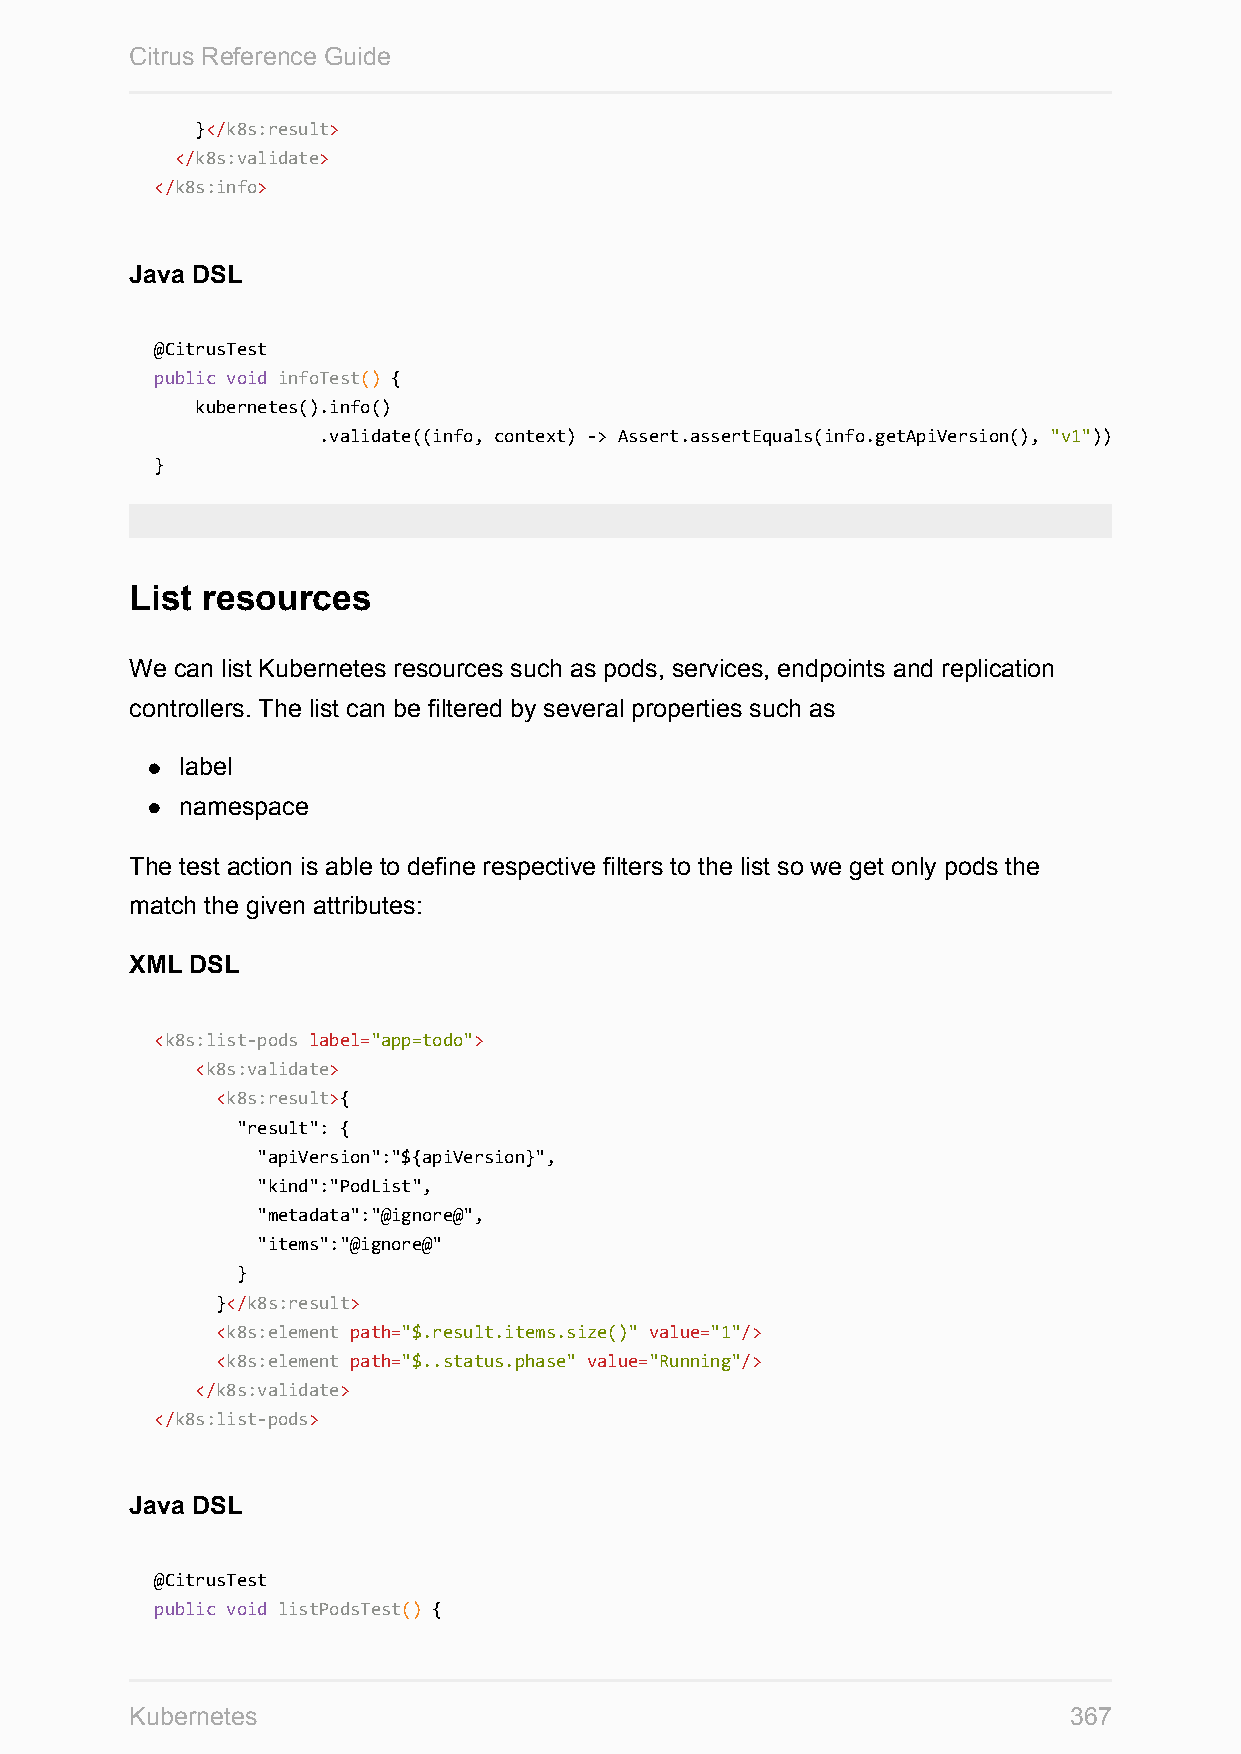
Citrus Reference Guide
 }</k8s:result>
 </k8s:validate>
 </k8s:info>
 Java DSL
 @CitrusTest
 public void infoTest() {
 kubernetes().info()
 .validate((info, context) -> Assert.assertEquals(info.getApiVersion(), "v1"));
 }
 List resources
 We can list Kubernetes resources such as pods, services, endpoints and replication
 controllers. The list can be filtered by several properties such as
 label
 namespace
 The test action is able to define respective filters to the list so we get only pods the
 match the given attributes:
 XML DSL
 <k8s:list-pods label="app=todo">
 <k8s:validate>
 <k8s:result>{
 "result": {
 "apiVersion":"${apiVersion}",
 "kind":"PodList",
 "metadata":"@ignore@",
 "items":"@ignore@"
 }
 }</k8s:result>
 <k8s:element path="$.result.items.size()" value="1"/>
 <k8s:element path="$..status.phase" value="Running"/>
 </k8s:validate>
 </k8s:list-pods>
 Java DSL
 @CitrusTest
 public void listPodsTest() {
 Kubernetes                                                    367